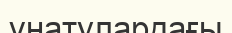
ұнатулардағы